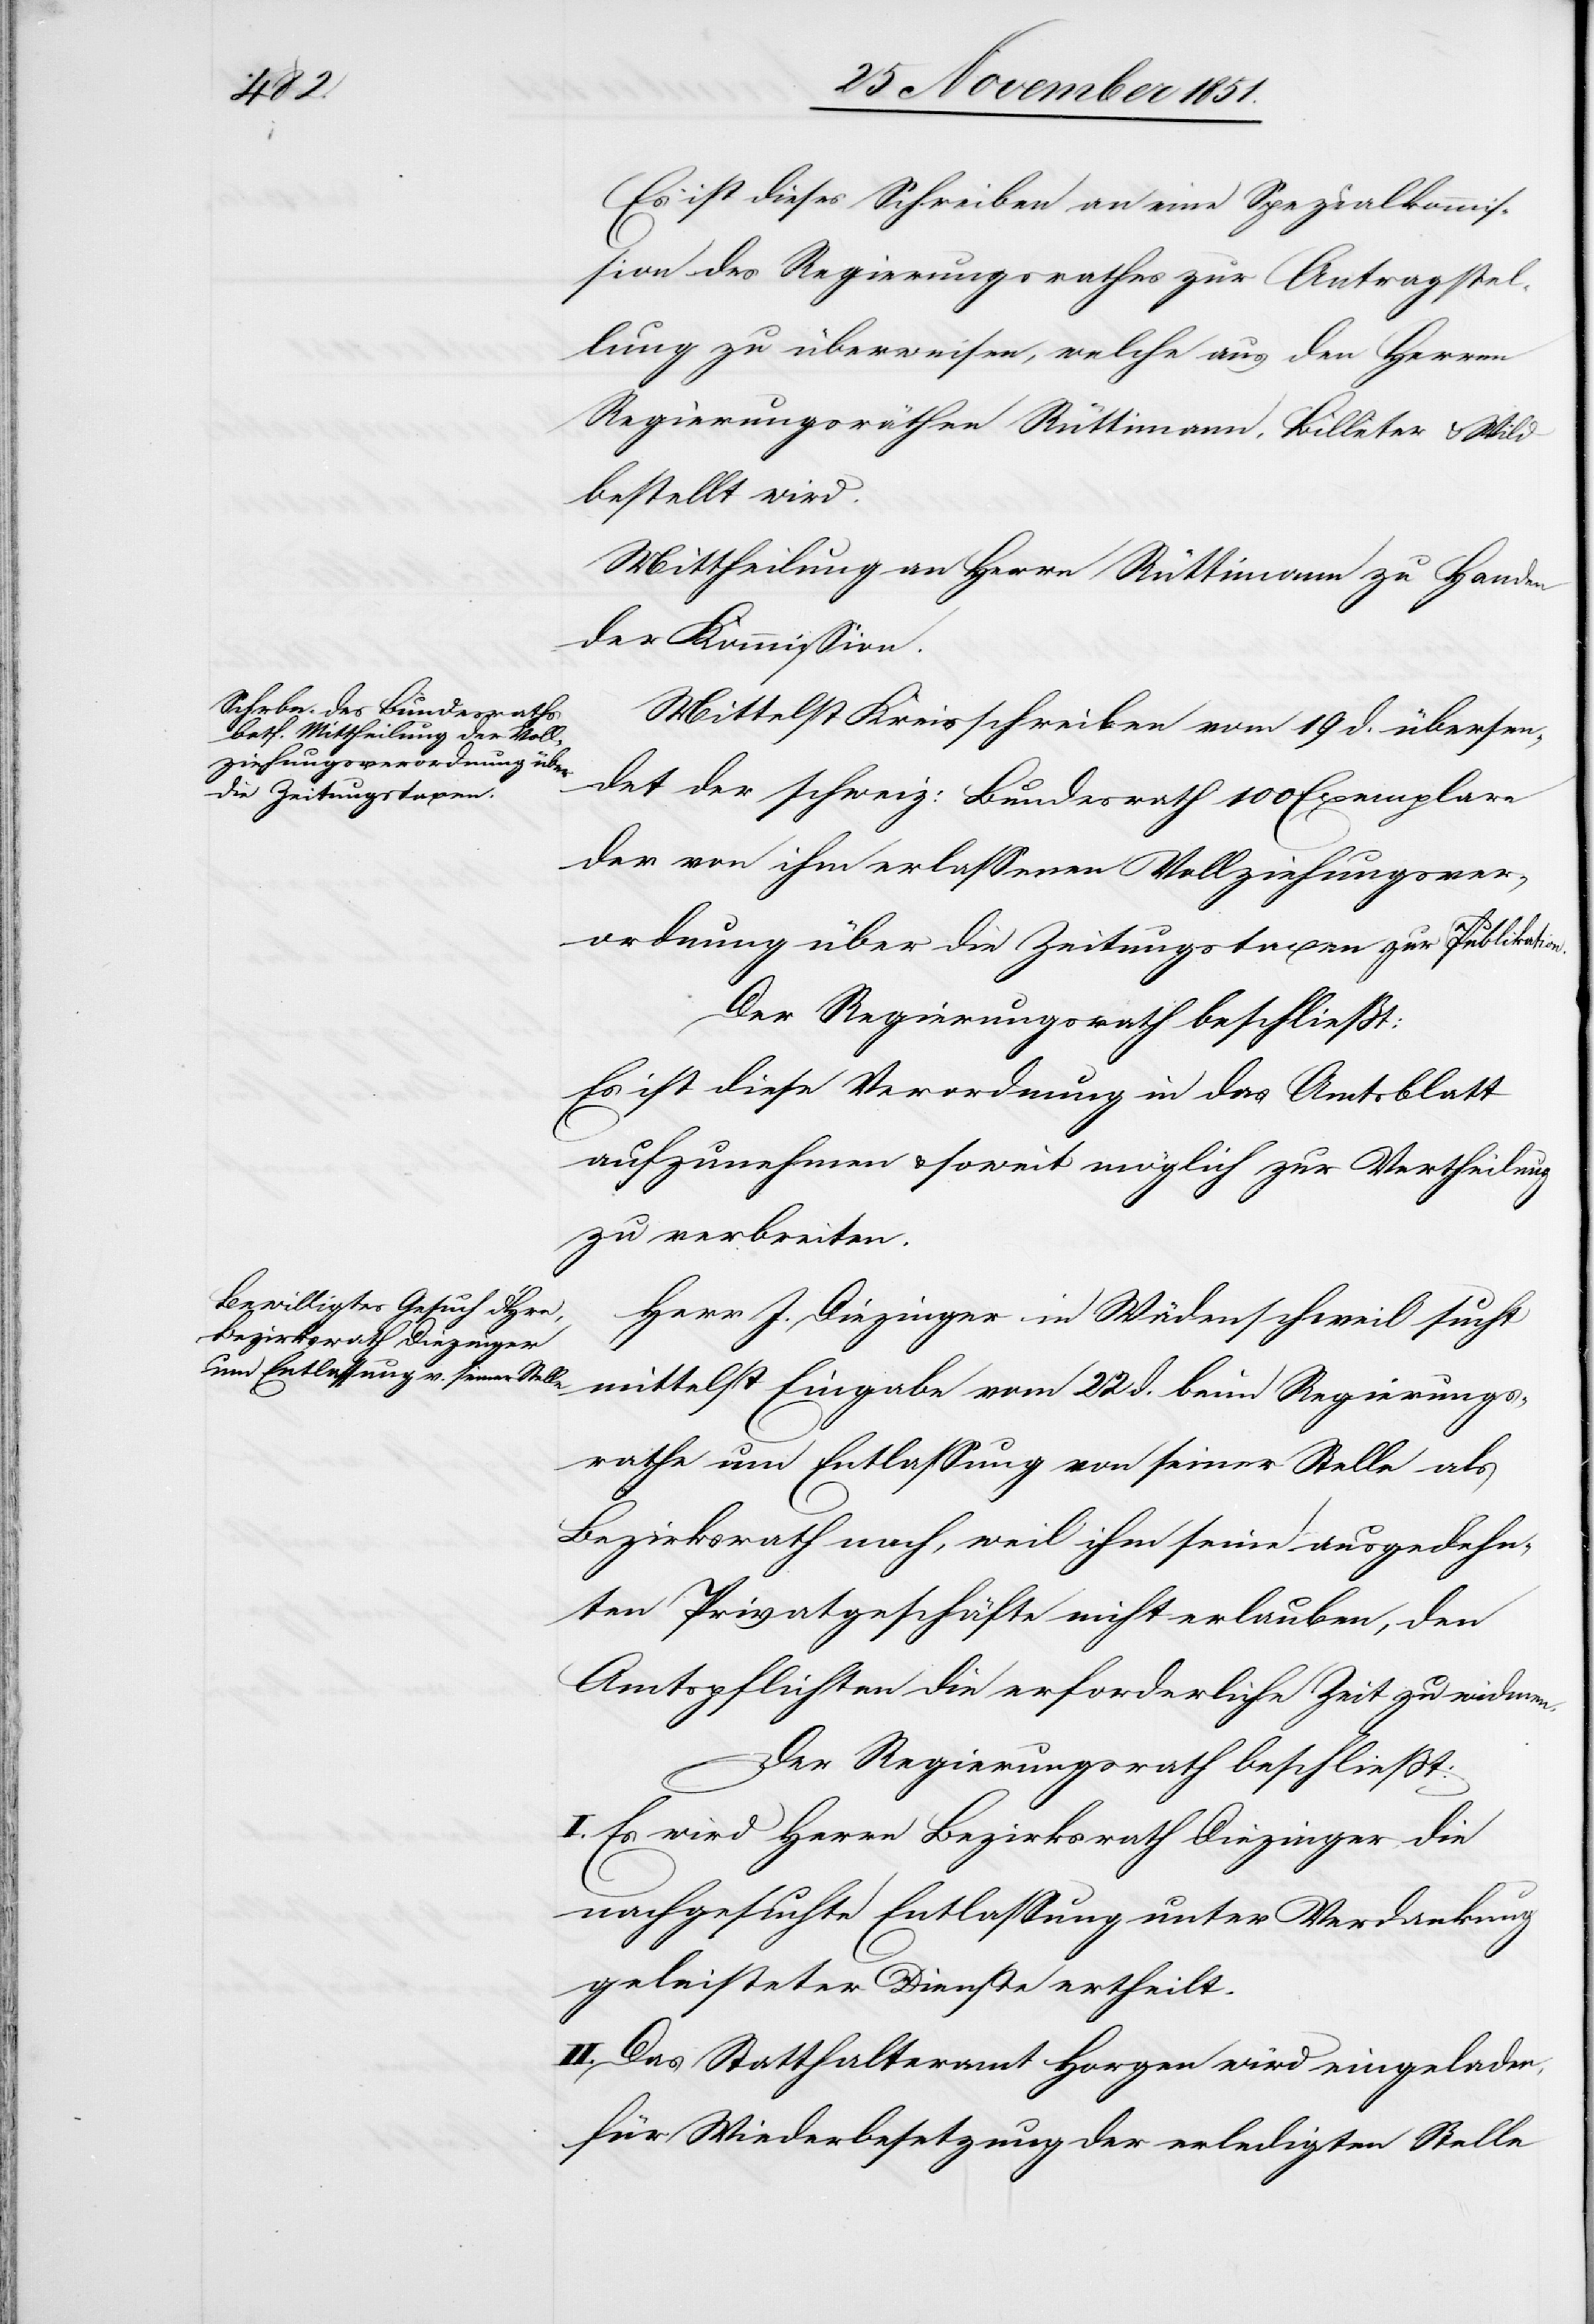
Es ist dieses Schreiben an eine Spezialkommis¬
sion des Regierungsrathes zur Antragstel¬
lung zu überweisen, welche aus den Herren
Regierungsräthen Rüttimann, Billeter & Wild
bestellt wird.
Mittheilung an Herrn Rüttimann zu Handen
der Kommission.
Mittelst Kreisschreiben vom 19 d. übersen¬
det der schweiz: Bundesrath 100 Exemplare
der von ihm erlassenen Vollziehungsver¬
ordnung über die Zeitungstaxen zur Publikation.
Der Regierungsrath beschließt:
Es ist diese Verordnung in das Amtsblatt
aufzunehmen & soweit möglich zur Vertheilung
zu verbreiten.
Herr J. Diezinger in Wädenschweil sucht
mittelst Eingabe vom 22 d. beim Regierungs¬
rathe um Entlassung von seiner Stelle als
Bezirksrath nach, weil ihm seine ausgedehn¬
ten Privatgeschäfte nicht erlauben, den
Amtspflichten die erforderliche Zeit zu widmen.
Der Regierungsrath beschließt:
I. Es wird Herrn Bezirksrath Diezinger die
nachgesuchte Entlassung unter Verdankung
geleisteter Dienste ertheilt.
II. Das Statthalteramt Horgen wird eingeladen,
für Wiederbesetzung der erledigten Stelle